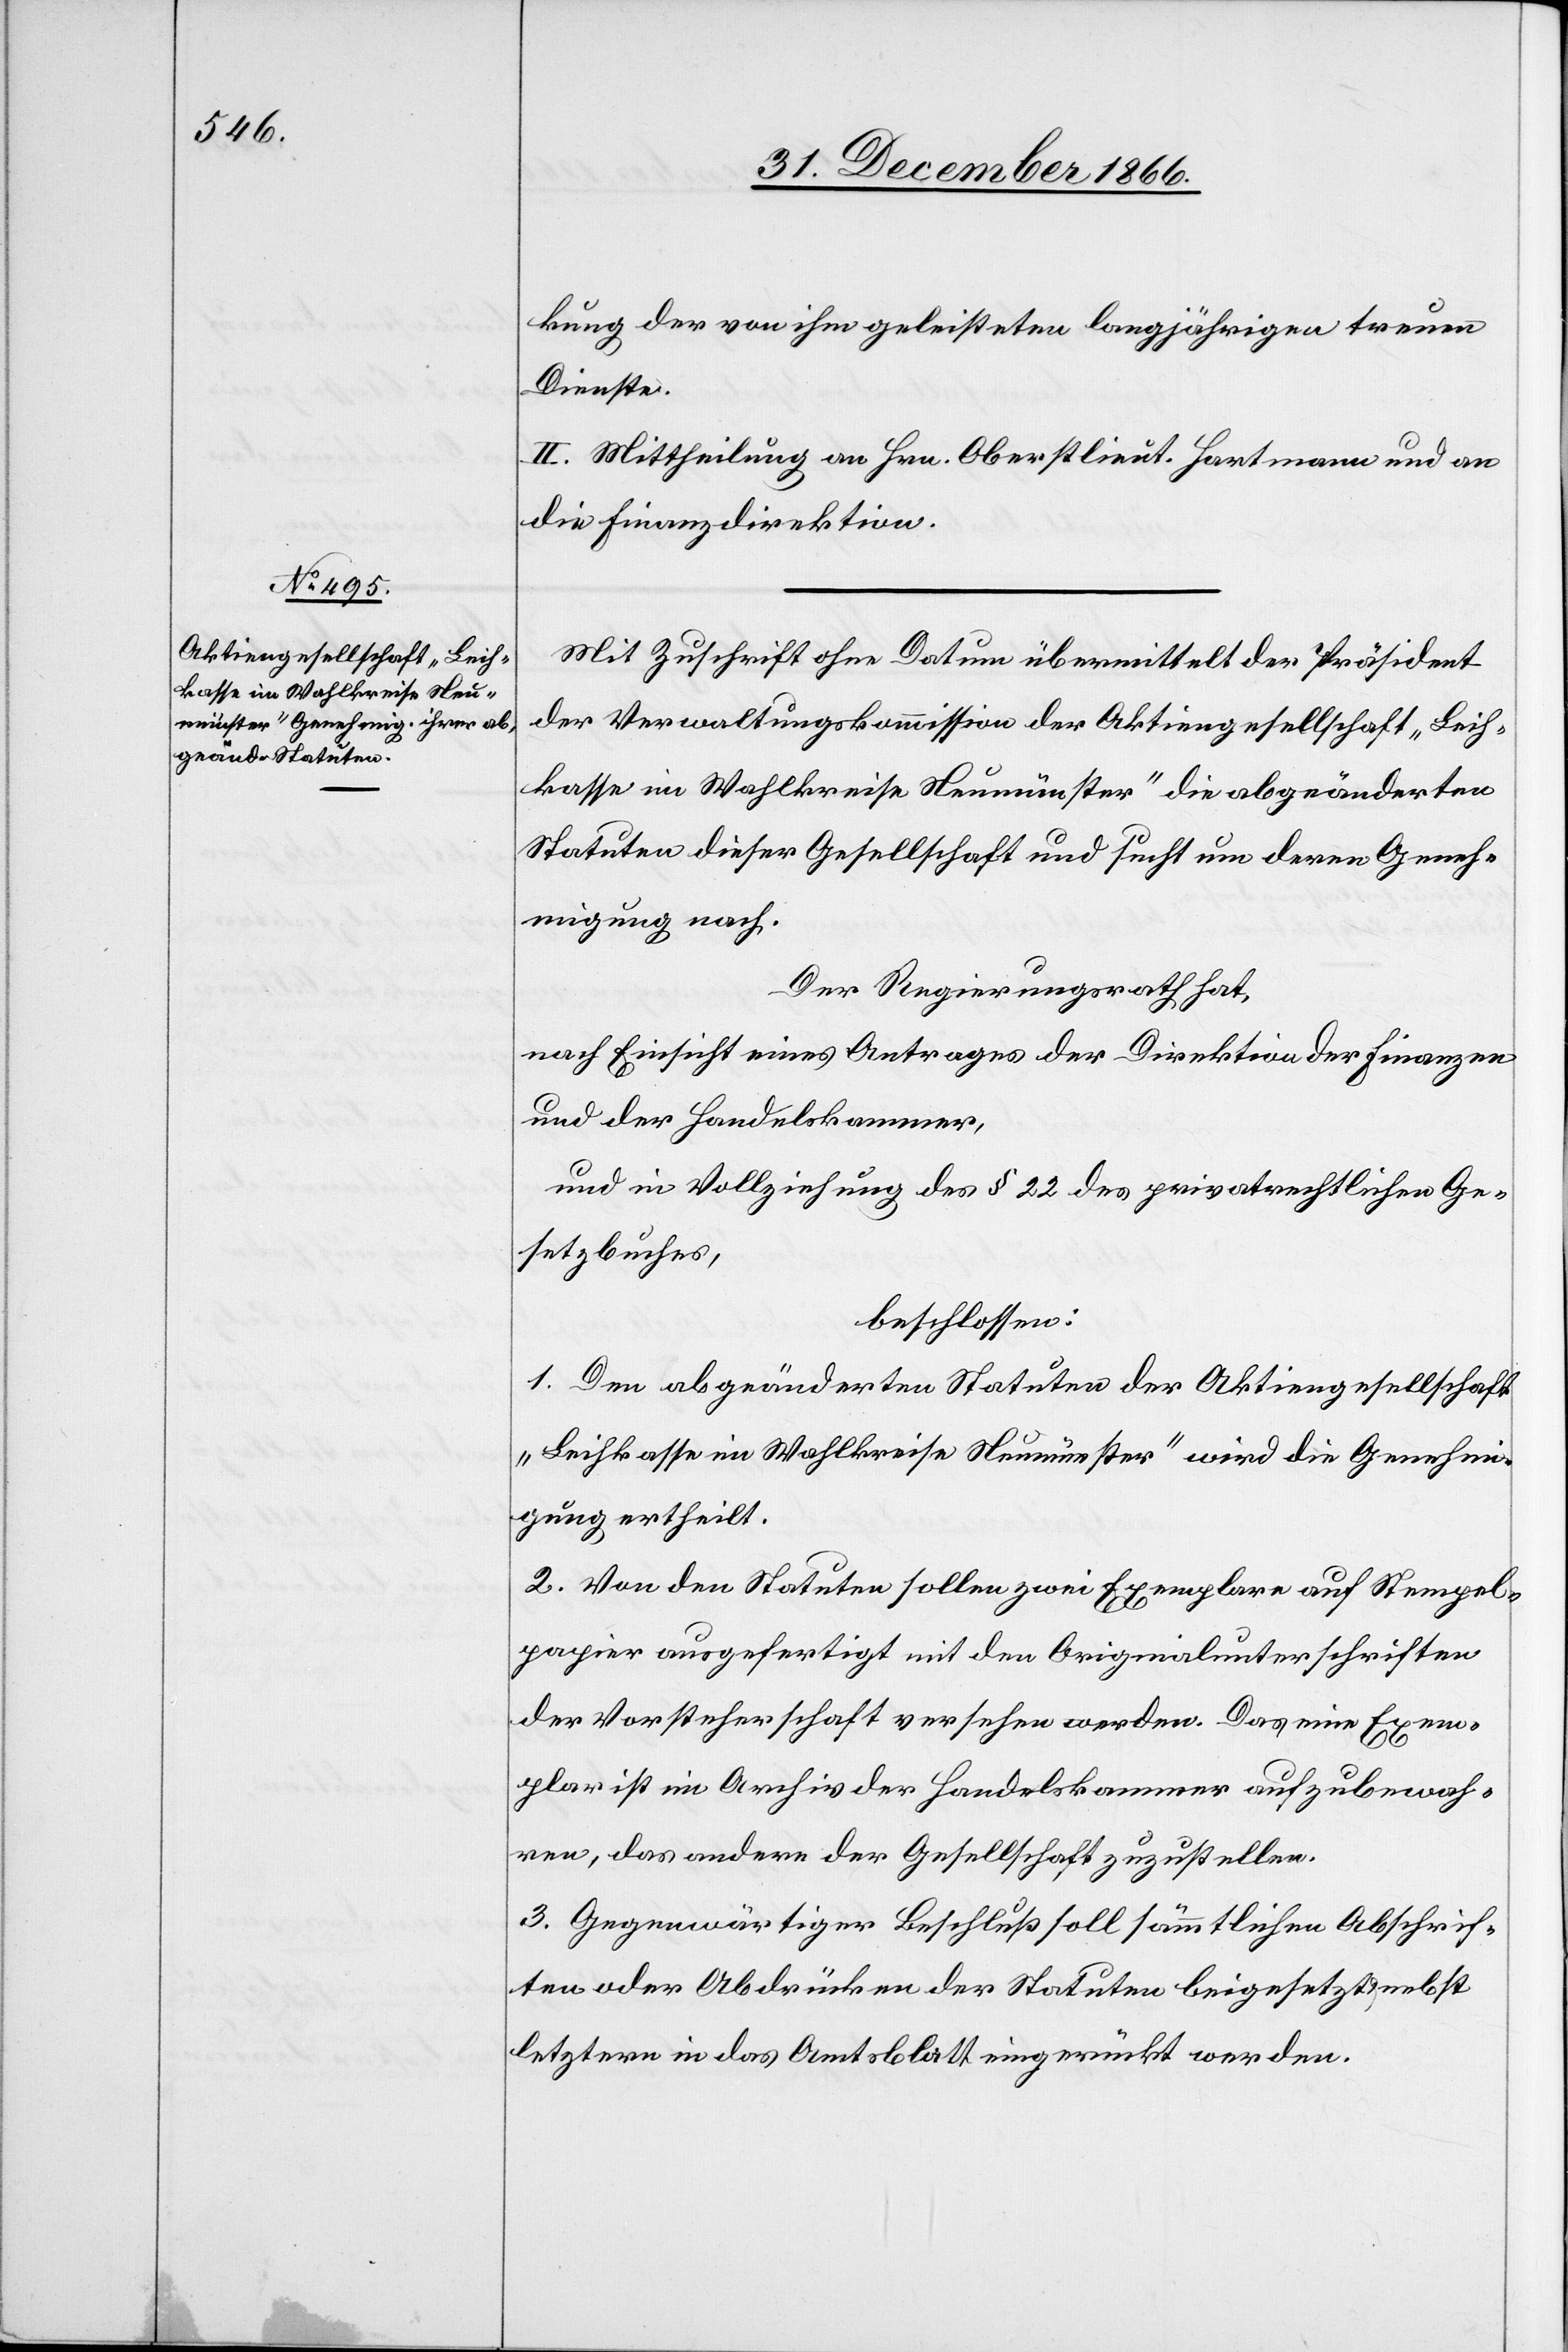
kung der von ihm geleisteten langjährigen treuen
Dienste.
II. Mittheilung an Hrn. Oberstlieut. Hartmann und an
die Finanzdirektion.
Mit Zuschrift ohne Datum übermittelt der Präsident
der Verwaltungskommission der Aktiengesellschaft „Leih¬
kasse im Wahlkreise Neumünster“ die abgeänderten
Statuten dieser Gesellschaft und sucht um deren Geneh¬
migung nach.
Der Regierungsrath hat,
nach Einsicht eines Antrages der Direktion der Finanzen
und der Handelskammer,
und in Vollziehung des § 22 des privatrechtlichen Ge¬
setzbuches,
beschlossen:
1. Den abgeänderten Statuten der Aktiengesellschaft
„Leihkasse im Wahlkreise Neumünster“ wird die Genehmi¬
gung ertheilt.
2. Von den Statuten sollen zwei Exemplare auf Stempel¬
papier ausgefertigt mit den Originalunterschriften
der Vorsteherschaft versehen werden. Das eine Exem¬
plar ist im Archiv der Handelskammer aufzubewah¬
ren, das andere der Gesellschaft zuzustellen.
3. Gegenwärtiger Beschluß soll sämmtlichen Abschrif¬
ten oder Abdrücken der Statuten beigesetzt & nebst
letztern in das Amtsblatt eingerückt werden.